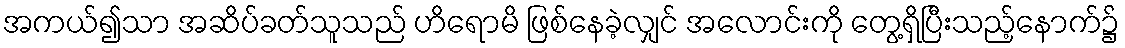
အကယ်၍သာ အဆိပ်ခတ်သူသည် ဟိရောမိ ဖြစ်နေခဲ့လျှင် အလောင်းကို တွေ့ရှိပြီးသည့်နောက်၌